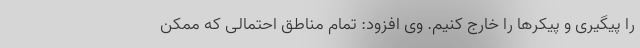
را پیگیری و پیکرها را خارج کنیم. وی افزود: تمام مناطق احتمالی که ممکن